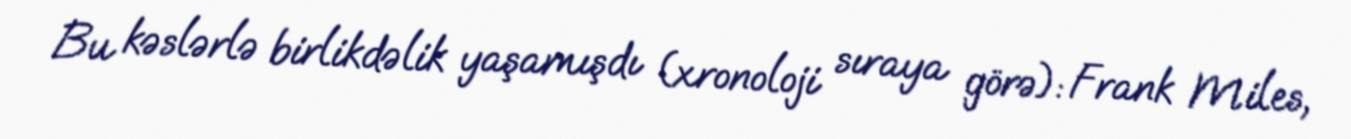
Bu kəslərlə birlikdəlik yaşamışdı (xronoloji sıraya görə): Frank Miles,